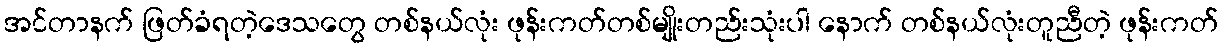
အင်တာနက် ဖြတ်ခံရတဲ့ဒေသတွေ တစ်နယ်လုံး ဖုန်းကတ်တစ်မျိုးတည်းသုံးပါ နောက် တစ်နယ်လုံးတူညီတဲ့ ဖုန်းကတ်